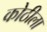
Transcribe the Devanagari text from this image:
कोठीला